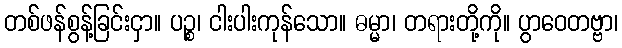
တစ်ဖန်စွန့်ခြင်းငှာ။ ပဉ္စ၊ ငါးပါးကုန်သော။ ဓမ္မာ၊ တရားတို့ကို။ ပွာဝေတဗ္ဗာ၊